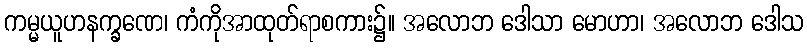
ကမ္မယူဟနက္ခဏေ၊ ကံကိုအာထုတ်ရာစကား၌။ အလောဘ ဒေါသာ မောဟာ၊ အလောဘ ဒေါသ